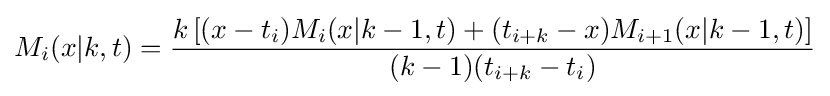
M_{i}(x|k,t)={\frac {k\left[(x-t_{i})M_{i}(x|k-1,t)+(t_{i+k}-x)M_{i+1}(x|k-1,t)\right]}{(k-1)(t_{i+k}-t_{i})}}